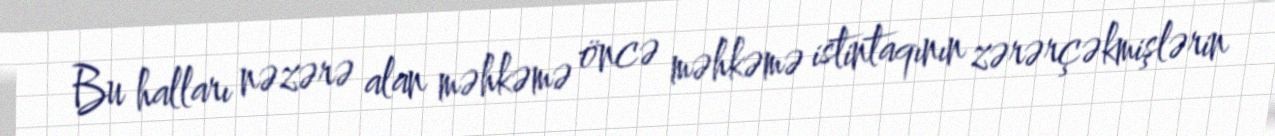
Bu halları nəzərə alan məhkəmə öncə məhkəmə istintaqının zərərçəkmişlərin